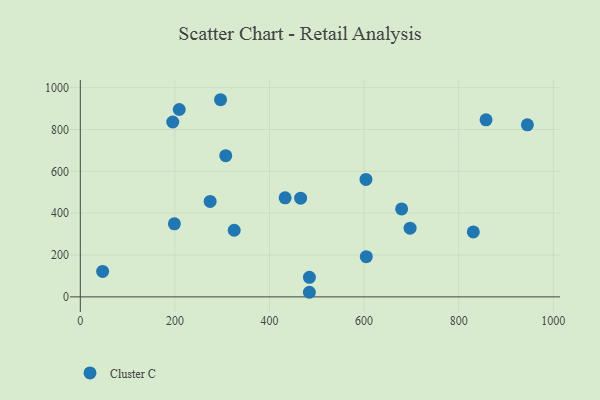
{"axis": {"x": "Engine Size", "y": "Fuel Efficiency"}, "legend": ["Cluster C"], "data": [{"x": "465.8", "y": 471.9, "type": "Cluster C"}, {"x": "433.0", "y": 473.4, "type": "Cluster C"}, {"x": "195.5", "y": 835.8, "type": "Cluster C"}, {"x": "484.4", "y": 93.4, "type": "Cluster C"}, {"x": "679.4", "y": 420.1, "type": "Cluster C"}, {"x": "325.4", "y": 318.5, "type": "Cluster C"}, {"x": "198.9", "y": 349.1, "type": "Cluster C"}, {"x": "604.6", "y": 192.3, "type": "Cluster C"}, {"x": "697.2", "y": 328.1, "type": "Cluster C"}, {"x": "484.3", "y": 22.0, "type": "Cluster C"}, {"x": "830.9", "y": 310.2, "type": "Cluster C"}, {"x": "47.2", "y": 121.5, "type": "Cluster C"}, {"x": "857.8", "y": 846.0, "type": "Cluster C"}, {"x": "945.2", "y": 822.1, "type": "Cluster C"}, {"x": "209.2", "y": 895.5, "type": "Cluster C"}, {"x": "296.5", "y": 942.2, "type": "Cluster C"}, {"x": "603.9", "y": 561.2, "type": "Cluster C"}, {"x": "307.5", "y": 674.8, "type": "Cluster C"}, {"x": "274.5", "y": 456.1, "type": "Cluster C"}]}